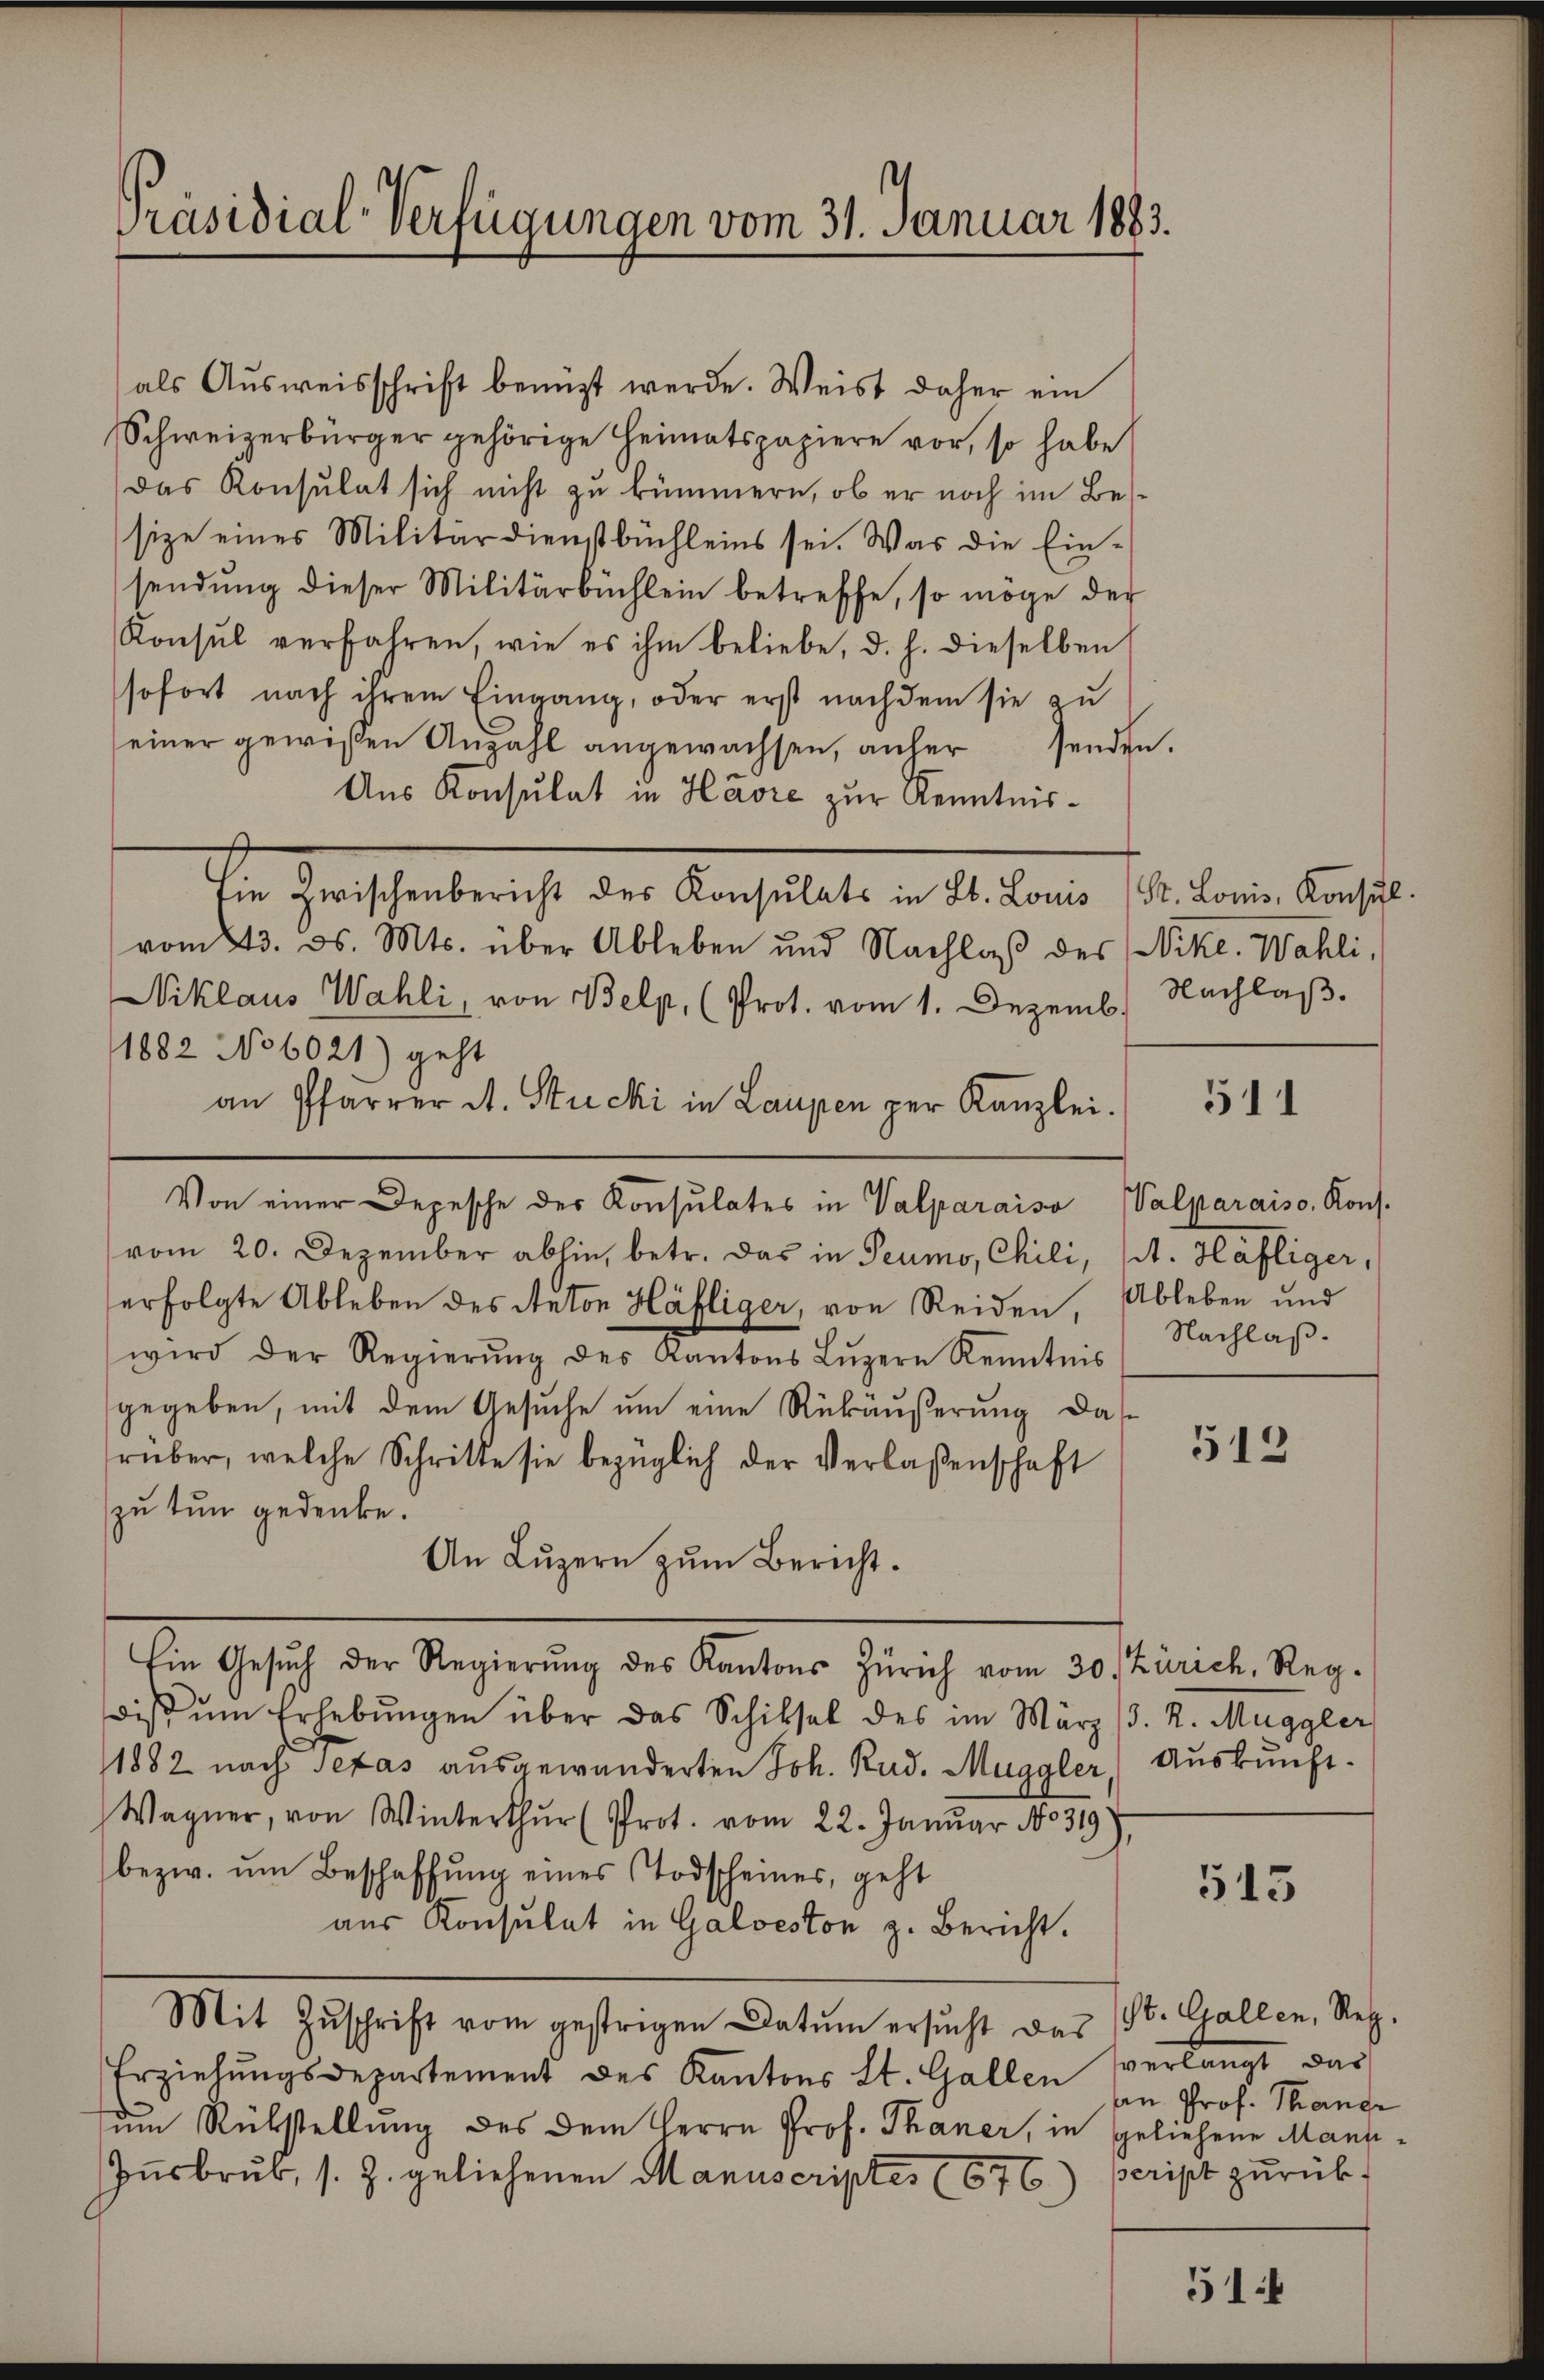
Präsidial-Verfügungen vom 31. Januar 1883.

als Ausweisschrift benützt werde. Weist daher ein
Schweizerbürger gehörige Heimatspapiere vor, so habe
das Konsulat sich nicht zu kümmern, ob er noch im Bes
size eines Militärdienstbüchleins sei. Was die Einsendung dieser Militärbüchlein betreffe, so möge der
Konsul verfahren, wie es ihm beliebe, d. h. dieselben
sofort nach ihrem Eingang, oder erst nachdem sie zu
einer gewissen Anzahl angewachsen, anfer senden.
Aus Konsulat in Havre zur Kenntnis¬
In Grossenbericht der Anstalte in den kann sie eine Aufste
vom 23. ds. Mts. über Ableben und Nachlaß des Nikl. Wahli,
Niklaus Wahli, von Belp, (Prot. vom 1. Dezemb. Nachlaβ.
1882 No 6021) geht
an Pfarrer A. Stucki in Laupen per Kanzlei.
vom 20. Dezember abhin, betr. das in Peumo, Chili, St. Hafliger,
erfolgte Ableben des Anton Häfliger, von Reiden, Ableben und
wird der Regierŭng des Kantons Lŭzern Kenntnis
gegeben, mit dem Gesuche um eine Rückäußerung das
rüber, welche Schritte sie bezüglich der Verlaßenschaft
zu tun gedenke.
An Lŭzern zŭm Bericht.
Ein Gesŭch der Regierŭng des Kantons Zürich vom 30. Zürich, Reg.
dis ŭm Erhebŭngen über das Schiksal des im März (3. R. Muggler
1882 nach Texas ausgewanderten Joh. Rud. Muggler, Aŭskŭnft.
Wagner, von Winterthur (Prot. vom 22. Januar No 319
bezw. ŭm Beschaffung eines Todscheines, geht
aus Konsulat in Galveston z. Bericht.
Mit Zŭschrift vom gestrigen Datum ersucht das (St. Gallen, Reg.
Erziehŭngsdepartement des Kantons St. Gallen verlangt das
zum Rükstellung des dem Herrn Prof. Thaner, in geliehene Mann¬
Insbruk, s. Z. geliehenen Manuscriptes (676) peript zurück-

Von einer Depesche der Konsulates in Valparaiso Valparaiso, Kons.

511

Nachlaß.

512

513

an Prof. Thange

51.